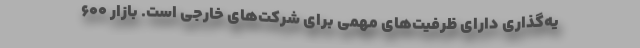
یه‌گذاری دارای ظرفیت‌های مهمی برای شرکت‌های خارجی است. بازار ۶۰۰